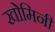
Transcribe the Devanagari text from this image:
खोमिनी